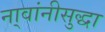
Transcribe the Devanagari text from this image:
ना्वांनीसुद्धा